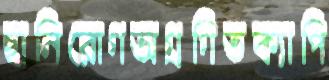
ছানিরোগঅগ্রগিতক্যাপি